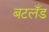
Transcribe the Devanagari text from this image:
बटलँड